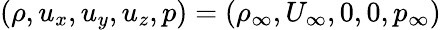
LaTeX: (\rho,u_{x},u_{y},u_{z},p)=(\rho_{\infty},U_{\infty},0,0,p_{\infty})